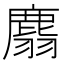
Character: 𪊮